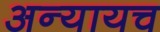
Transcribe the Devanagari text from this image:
अन्यायच